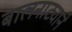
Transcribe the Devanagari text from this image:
बालनाट्याने